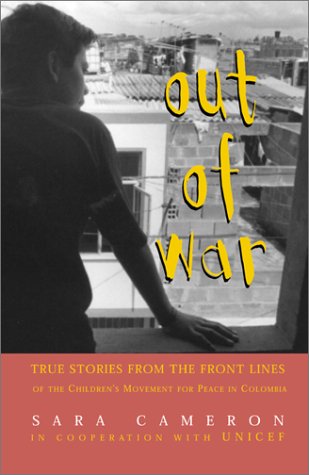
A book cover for Out of War: True Stories from the Frontlines of the Children's Movement for Peace in Colombia; Sara Cameron; Teen & Young Adult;